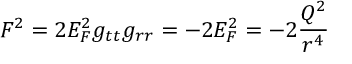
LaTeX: F ^ { 2 } = 2 E _ { F } ^ { 2 } g _ { t t } g _ { r r } = - 2 E _ { F } ^ { 2 } = - 2 { \frac { Q ^ { 2 } } { r ^ { 4 } } }